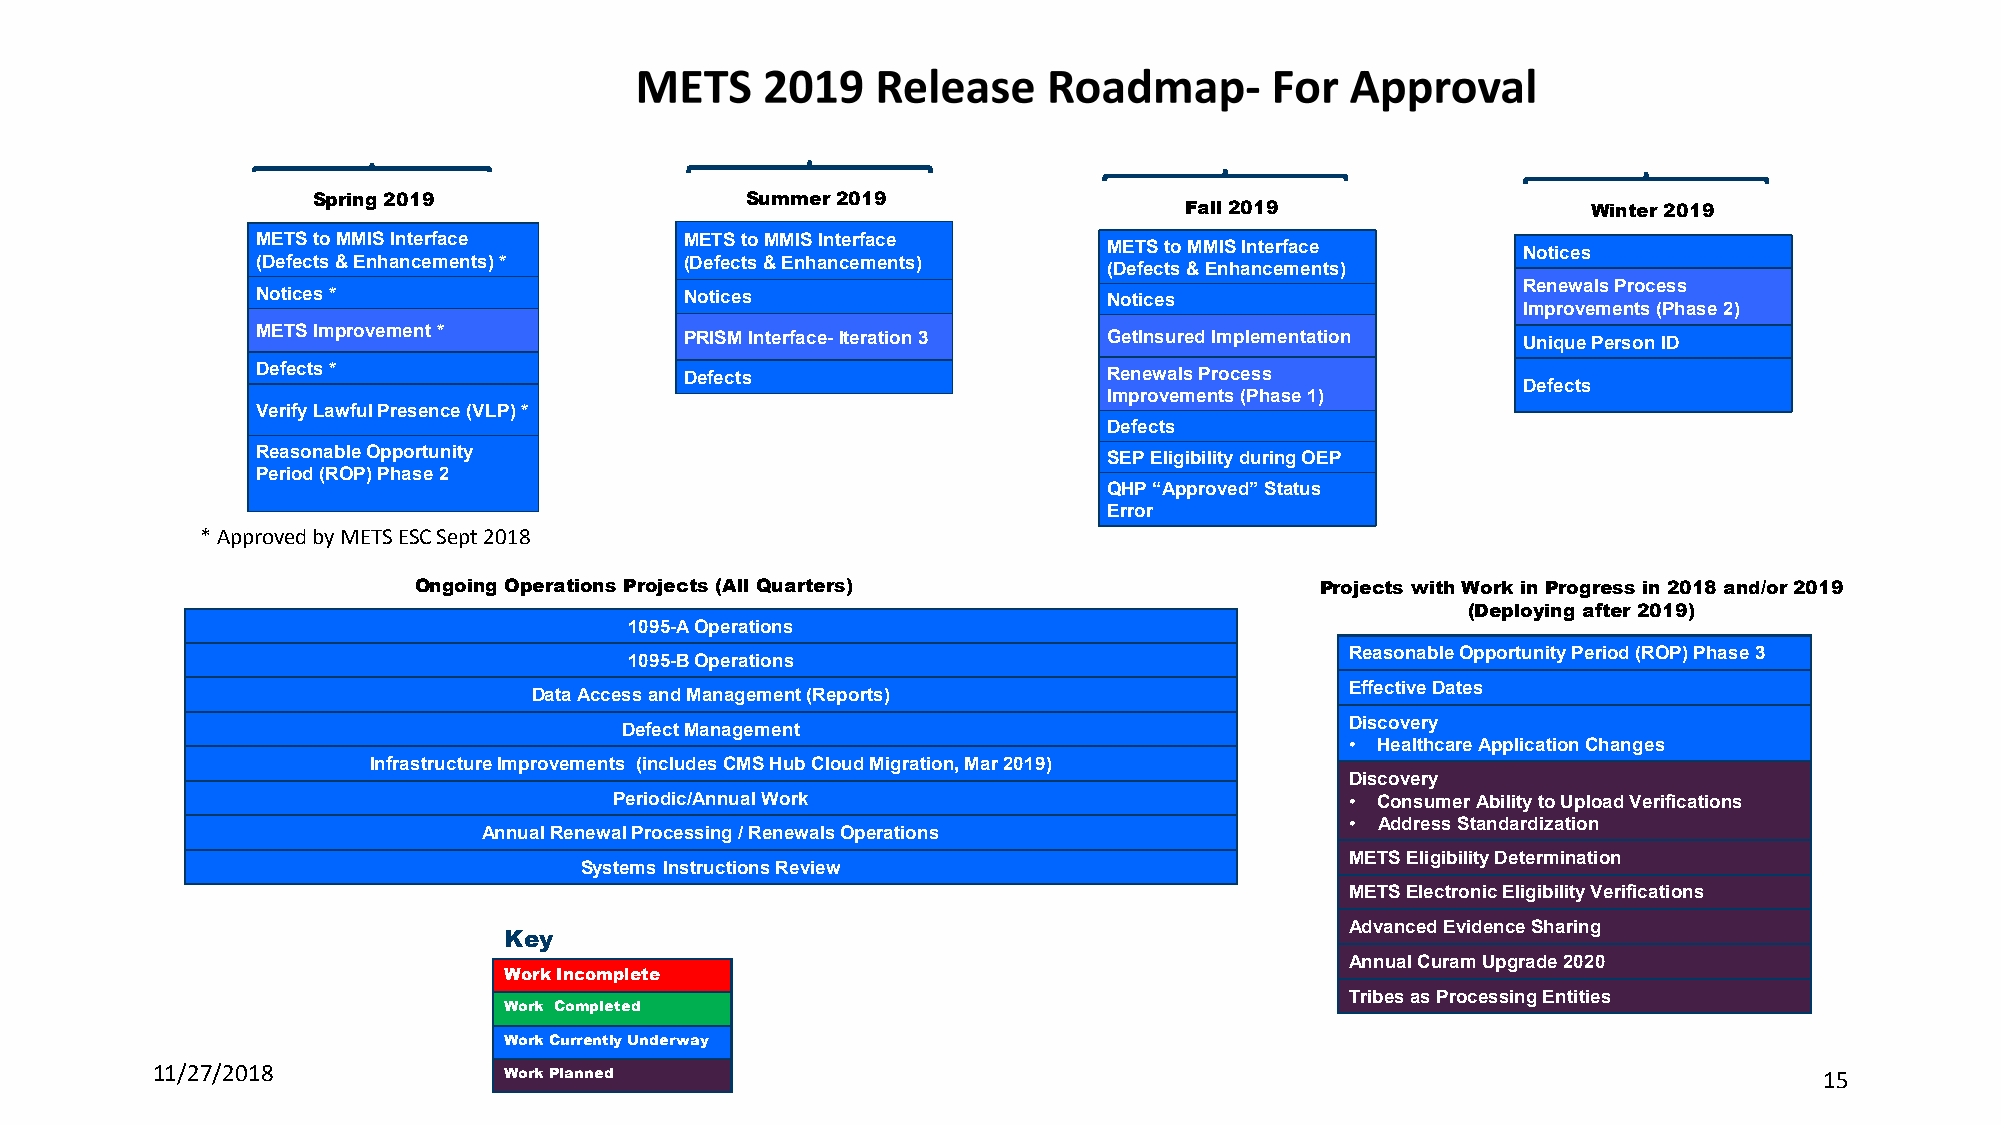
Spring 2019                 Summer 2019
 Fall 2019                  Winter 2019
 METS to MMIS Interface      METS to MMIS Interface
 METS to MMIS Interface      Notices
 (Defects & Enhancements) *  (Defects & Enhancements)
 (Defects & Enhancements)
 Renewals Process
 Notices *                   Notices                     Notices
 Improvements (Phase 2)
 METS Improvement *          PRISM Interface-Iteration 3 GetInsured Implementation   Unique Person ID
 Defects *                   Defects                     Renewals Process
 Defects
 Improvements (Phase 1)
 Verify Lawful Presence (VLP) *
 Defects
 Reasonable Opportunity                                  SEP Eligibility during OEP
 Period (ROP) Phase 2
 QHP “Approved” Status
 Error
 * Approved by METS ESC Sept 2018
 Ongoing Operations Projects (All Quarters)                  Projects with Work in Progress in 2018 and/or 2019
 (Deploying after 2019)
 1095-A Operations
 Reasonable Opportunity Period (ROP) Phase 3
 1095-B Operations
 Effective Dates
 Data Access and Management (Reports)
 Discovery
 Defect Management
 • Healthcare Application Changes
 InfrastructureImprovements (includes CMS Hub Cloud Migration, Mar 2019)
 Discovery
 Periodic/Annual Work                            • ConsumerAbility to Upload Verifications
 • Address Standardization
 Annual Renewal Processing / Renewals Operations
 METS Eligibility Determination
 Systems Instructions Review
 METS Electronic Eligibility Verifications
 Advanced Evidence Sharing
 Key
 Annual Curam Upgrade 2020
 Work Incomplete
 Tribes as Processing Entities
 Work Completed
 Work Currently Underway
 11/27/2018             Work Planned                                                                            15